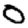
Digit: 0